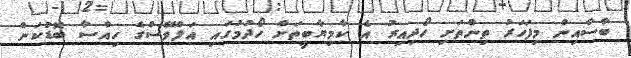
ބާސާއިން މިފަހަރު ތިންތަށި ހޯދިއިރު އެ ކާމިޔާބީތަށް ހޯދުމުގައި އަލްވޭސްގެ ހިއްސާ ބޮޑުކަން